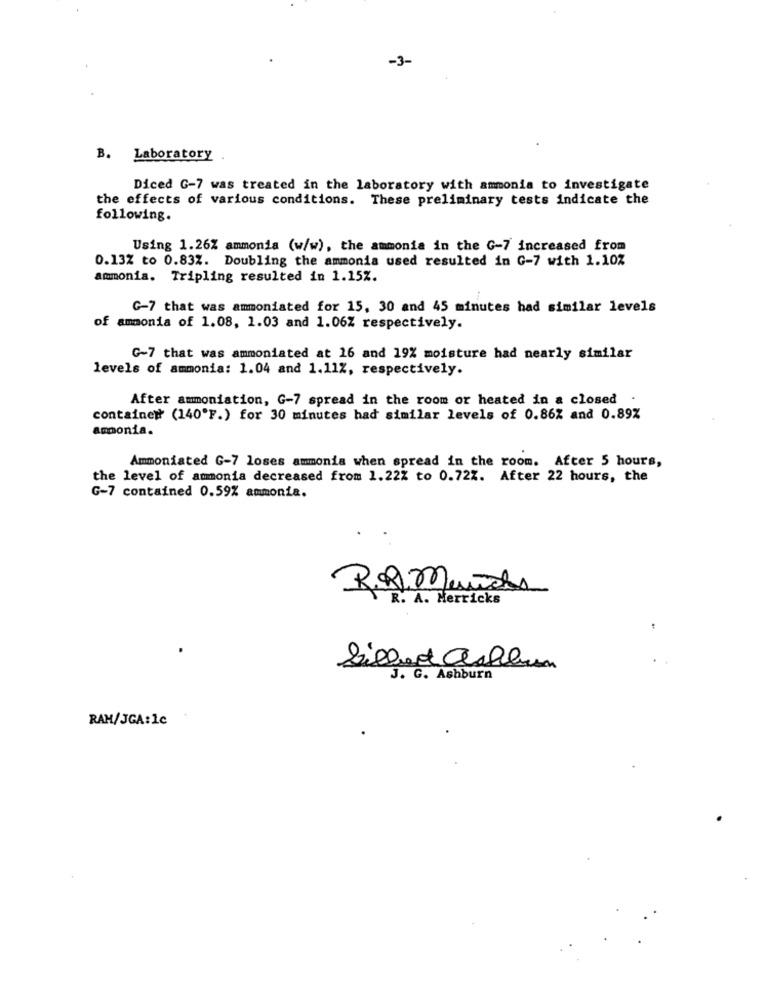
-3-
B. Laboratory
Diced G-7 was treated in the laboratory with ammonia to investigate
the effects of various conditions. These preliminary tests indicate the
following.
Using 1.26% ammonia (w/w), the ammonia in the G-7 increased from
0.13% to 0.83%. Doubling the ammonia used resulted in G-7 with 1.10%
ammonia. Tripling resulted in 1.15%.
G-7 that was ammoniated for 15, 30 and 45 minutes had similar levels
of ammonia of 1.08, 1.03 and 1.06% respectively.
G-7 that was ammoniated at 16 and 19% moisture had nearly similar
levels of ammonia: 1.04 and 1.11%, respectively.
After ammoniation, G-7 spread in the room or heated in a closed .
container (140'F.) for 30 minutes had similar levels of 0.86% and 0.89%
ammonia.
Ammoniated G-7 loses ammonia when spread in the room. After 5 hours,
the level of ammonia decreased from 1.22% to 0.72%. After 22 hours, the
G-7 contained 0.59% ammonia.
RR Munides
R. A. Merricks
J. G. Ashburn
RAM/JGA:1c